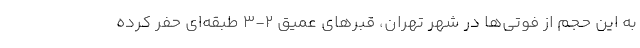
به این حجم از فوتی‌ها در شهر تهران، قبرهای عمیق 2-3 طبقه‌ای حفر کرده